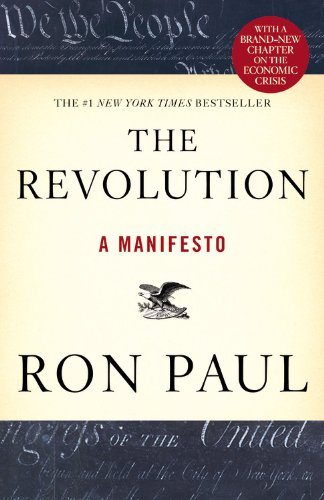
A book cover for The Revolution: A Manifesto; Ron Paul; Politics & Social Sciences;